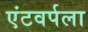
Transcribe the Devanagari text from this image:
एंटवर्पला